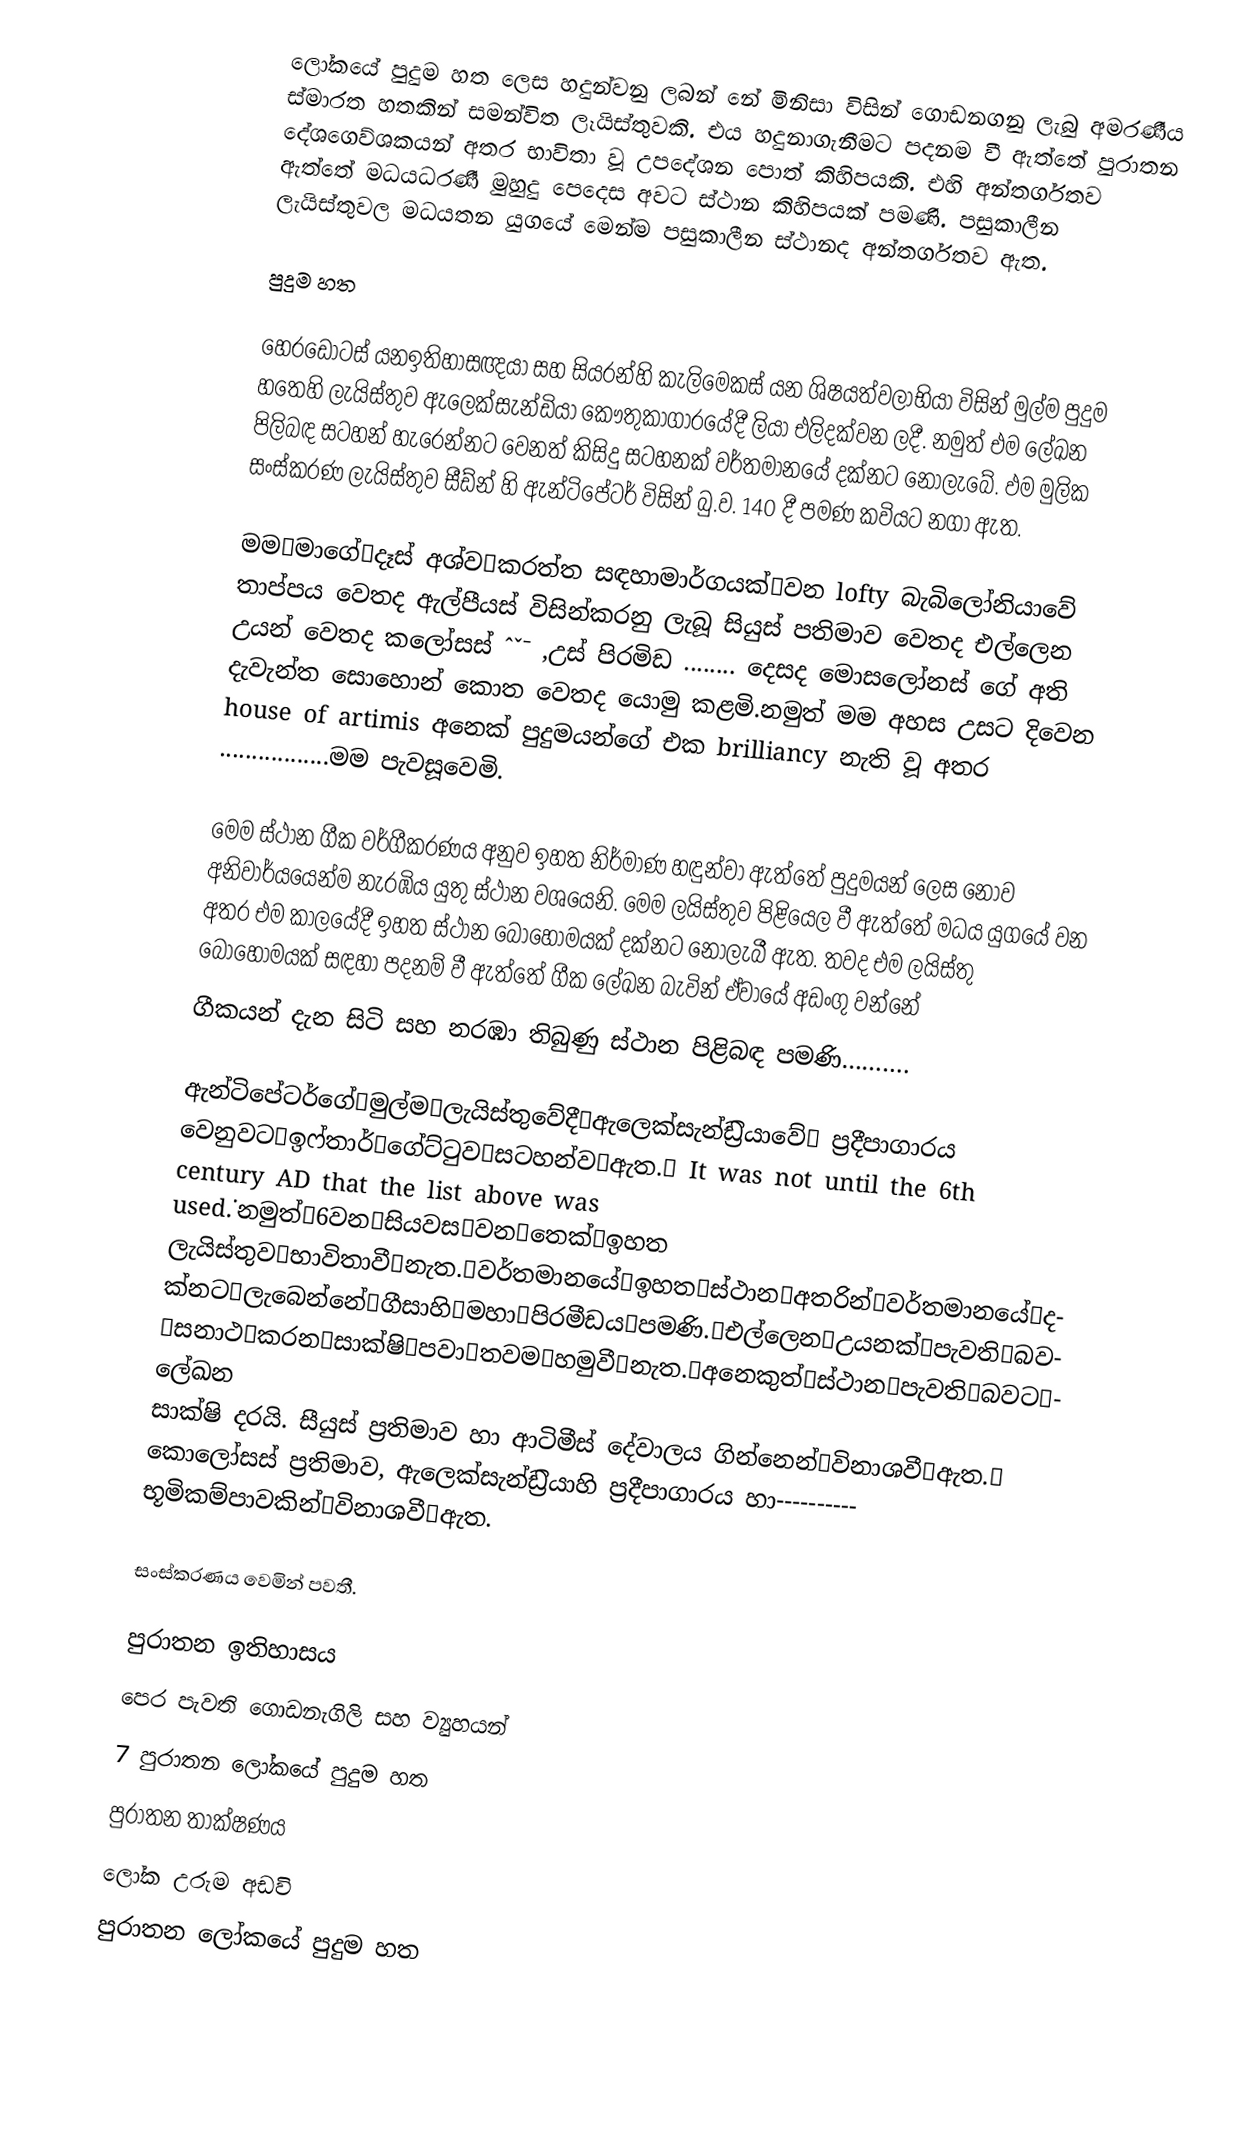
ලෝකයේ පුදුම හත ලෙස හදුන්වනු ලබන්‍‍‍ නේ මිනිසා විසින් ගොඩනගනු ලැබු අමරණීය ස්මාරත හතකින් සමන්විත ලෑයිස්තුවකි. එය හදුනාගැනීමට පදනම වී ඇත්තේ පුරාතන  දේශගෙව්ශකයන්‍‌ අතර භාවිතා වූ උපදේශන  පොත් කිහිපයකි. එහි අන්තර්ගතව ඇත්තේ මධයධරණී මුහුදු පෙදෙස අවට ස්ථාන කිහිපයක් පමණි. පසුකාලීන ලැයිස්තුවල   මධයතන යුගයේ මෙන්ම පසුකාලීන ස්ථානද අන්තර්ගතව ඇත.

පුදුම හත

හෙරඩෝටස් යනඉතිහාසඥයා සහ සියරන්හි කැලිමෙකස් යන ශිෂයත්වලාභියා විසින් මුල්ම පුදුම හතෙහි ලැයිස්තුව ඇලෙක්සැන්ඩියා කෞතුකාගාරයේදී ලියා එලිදක්වන ලදී. නමුත් එම ලේඛන පිලිබඳ සටහන් හැරෙන්නට වෙනත් කිසිදු සටහනක් වර්තමානයේ දක්නට නොලැබේ. ඵම මුලික සංස්කරණ ලැයිස්තුව සීඩ්න් හි ඇන්ටිපේටර් විසින් බු.ව. 140 දී පමණ කවියට නගා ඇත.

මමමාගේදෑස් අශ්වකරත්ත සඳහාමාර්ගයක්වන lofty බැබිලෝනියාවේ තාප්පය වෙතද ඇල්පීයස් විසින්කරනු ලැබූ සියුස් පතිමාව වෙතද එල්ලෙන උයන් වෙතද කලෝසස්   ˆˇˉ ‚උස් පිරමිඩ   ........    දෙසද මොසලෝනස් ගේ අති දැවැන්ත සොහොන් කොත වෙතද යොමු කළමි.නමුත් මම අහස උසට දිවෙන house of artimis අනෙක් පුදුමයන්ගේ එක brilliancy නැති වූ අතර .................මම පැවසූවෙමි.

මෙම ස්ථාන ගීක වර්ගීකරණය අනුව ඉහත නිර්මාණ හඳුන්වා ඇත්තේ පුදුමයන් ලෙස නොව අනිවාර්යයෙන්ම නැරඹිය යුතු ස්ථාන වශයෙනි. මෙම ලයිස්තුව පිළියෙල වී ඇත්තේ මධය යුගයේ වන අතර එම කාලයේදී ඉහත ස්ථාන බොහොමයක් දක්නට නොලැබී ඇත. තවද එම ලයිස්තු බොහොමයක් සඳහා පදනම් වී ඇත්තේ ගීක ලේඛන බැවින් ඒවායේ අඩංගු වන්නේ
ගීකයන් දැන සිටි සහ නරඹා තිබුණු ස්ථාන පිළිබඳ පමණි……….

ඇන්ටිපේටර්ගේමුල්මලැයිස්තුවේදීඇලෙක්සැන්ඩ්‍ර‍ියාවේ ප‍්‍රදීපාගාරය වෙනුවටඉෆ්තාර්ගේට්ටුවසටහන්වඇත. It was not until the 6th century AD that the list above was used.˙නමුත්6වනසියවසවනතෙක්ඉහත ලැයිස්තුවභාවිතාවීනැත.වර්තමානයේඉහතස්ථානඅතරින්වර්තමානයේදක්නටලැබෙන්නේගීසාහිමහාපිරමීඩයපමණි.එල්ලෙනඋයනක්පැවතිබවසනාථකරනසාක්ෂිපවාතවමහමුවීනැත.අනෙකුත්ස්ථානපැවතිබවටලේඛන සාක්ෂි  දරයි. සීයුස්  ප‍්‍රතිමාව හා ආටිමීස් දේවාලය ගින්නෙන්විනාශවීඇත. කොලෝසස් ප‍්‍රතිමාව, ඇලෙක්සැන්ඩ්‍ර‍ියාහි ප‍්‍රදීපාගාරය  හා---------- භූමිකම්පාවකින්විනාශවීඇත.

සංස්කරණය වෙමින් පවතී.

පුරාතන ඉතිහාසය
පෙර පැවති ගොඩනැගිලි සහ ව්‍යුහයන්
7 පුරාතන ලෝකයේ පුදුම හත
පුරාතන තාක්ෂණය
ලෝක උරුම අඩවි
පුරාතන ලෝකයේ පුදුම හත